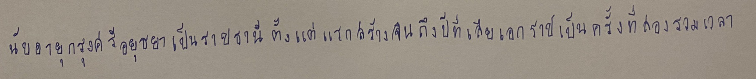
นับอายุกรุงศรีอยุธยาเป็นราชธานีตั้งแต่แรกสร้างจนถึงปีที่เสียเอกราชเป็นครั้งที่สองรวมเวลา